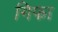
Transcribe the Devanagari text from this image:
गिफा